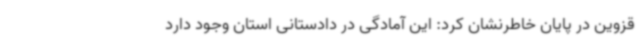
قزوین در پایان خاطرنشان کرد: این آمادگی در دادستانی استان وجود دارد